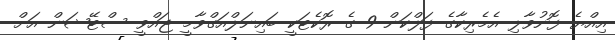
އިއްޔެ ފޮނުވާލި އެމެރިކާގެ ފަލްކަން-9 ގެ ރޮކެޓަކީ ބައިނަލްއަގްވާމީ ޖައްވީ ސްޓޭޝަން އަށް